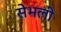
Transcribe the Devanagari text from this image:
सेभली